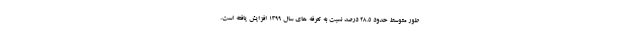
طور متوسط حدود ۲۸.۵ درصد نسبت به تعرفه های سال ۱۳۹۹ افزایش یافته است.